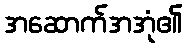
အဆောက်အအုံ၏